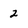
Character: 2